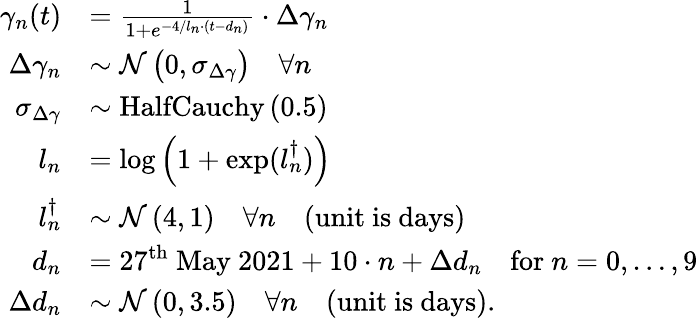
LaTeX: \begin{array}{rl}{\gamma_{n}(t)}&{=\frac{1}{1+e^{-4/l_{n}\cdot(t-d_{n})}}\cdot\Delta\gamma_{n}}\\ {\Delta\gamma_{n}}&{\sim\mathcal{N}\left(0,\sigma_{\Delta\gamma}\right)\quad\forall n}\\ {\sigma_{\Delta\gamma}}&{\sim\mathrm{HalfCauchy}\left(0.5\right)}\\ {l_{n}}&{=\log\left(1+\exp(l_{n}^{\dagger})\right)}\\ {l_{n}^{\dagger}}&{\sim\mathcal{N}\left(4,1\right)\quad\forall n\quad\mathrm{(unit~is~days)}}\\ {d_{n}}&{=27^{\mathrm{th}}\mathrm{~May~2021}+10\cdot n+\Delta d_{n}\quad\mathrm{for~}n={0,\dots,9}}\\ {\Delta d_{n}}&{\sim\mathcal{N}\left(0,3.5\right)\quad\forall n\quad\mathrm{(unit~is~days)}.}\end{array}